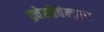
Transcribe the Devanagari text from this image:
फ़्वेरतेवेन्तूरा